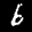
Label: 6